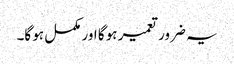
یہ ضرور تعمیر ہو گا اور مکمل ہو گا۔